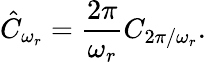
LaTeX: \hat{C}_{\omega_{r}}=\frac{2\pi}{\omega_{r}}C_{2\pi/\omega_{r}}.